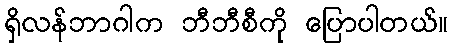
ရှိလန်ဘာဂါက ဘီဘီစီကို ပြောပါတယ်။